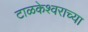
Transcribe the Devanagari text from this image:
टाळकेश्वराच्या